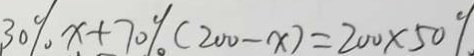
3 0 \% x + 7 0 \% ( 2 0 0 - x ) = 2 0 0 \times 5 0 \%